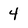
Character: 4